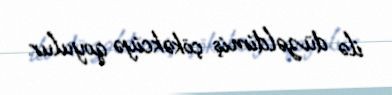
ilə düzəldimiş çökəkciyə qoyulur.